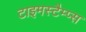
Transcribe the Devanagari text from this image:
टाइमस्टैम्प्स